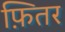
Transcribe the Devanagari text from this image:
फ़ितर